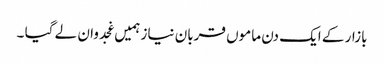
بازار کے ایک دن ماموں قربان نیاز ہمیں غجدوان لے گیا ۔